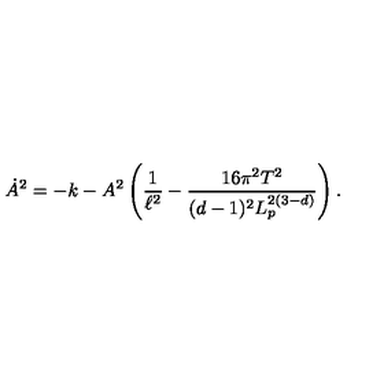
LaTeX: \dot { A } ^ { 2 } = - k - A ^ { 2 } \left( \frac { 1 } { \ell ^ { 2 } } - \frac { 1 6 \pi ^ { 2 } T ^ { 2 } } { ( d - 1 ) ^ { 2 } L _ { p } ^ { 2 ( 3 - d ) } } \right) .